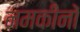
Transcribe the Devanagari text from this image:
नमकीनों